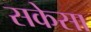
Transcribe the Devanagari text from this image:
सकेसा